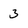
Character: 3